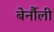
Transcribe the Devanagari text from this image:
बेर्नौली